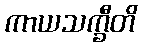
ကာယသက္ခီတိ